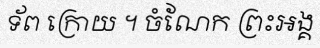
ទ័ព ក្រោយ ។ ចំណែក ព្រះអង្គ